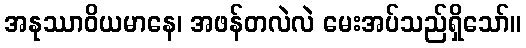
အနုဿာဝိယမာနေ၊ အဖန်တလဲလဲ မေးအပ်သည်ရှိသော်။